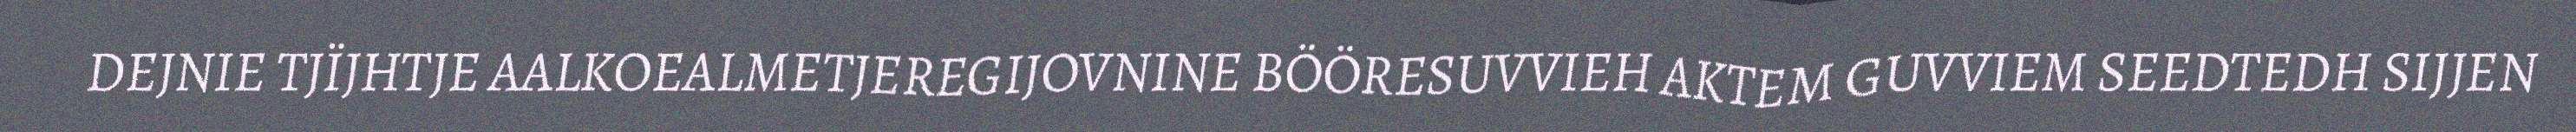
DEJNIE TJÏJHTJE AALKOEALMETJEREGIJOVNINE BÖÖRESUVVIEH AKTEM GUVVIEM SEEDTEDH SIJJEN